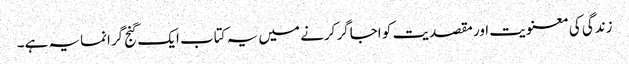
زندگی کی معنویت اور مقصدیت کو اجاگر کرنے میں یہ کتاب ایک گنج گرانمایہ ہے۔